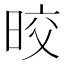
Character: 晈